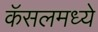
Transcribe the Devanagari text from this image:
कॅसलमध्ये